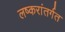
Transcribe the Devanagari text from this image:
लष्करांतर्गत